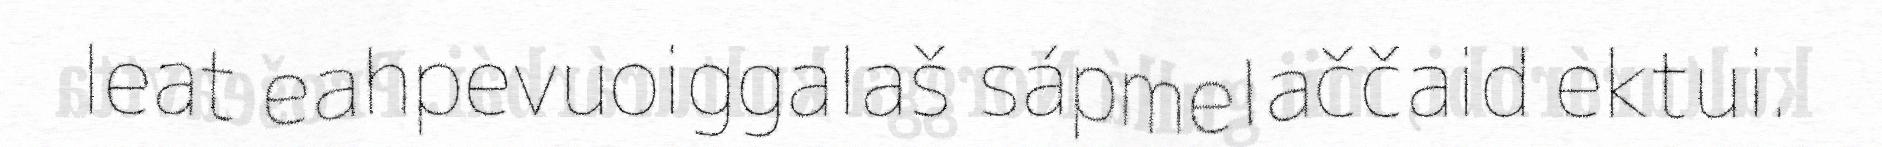
leat eahpevuoiggalaš sápmelaččaid ektui.